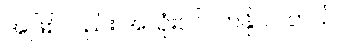
အဖြစ်လည်း အသုံးဝင်လာနိုင်ပါတယ်။